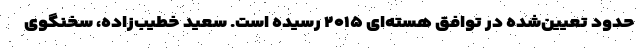
حدود تعیین‌شده در توافق هسته‌ای ۲۰۱۵ رسیده است. سعید خطیب‌زاده، سخنگوی